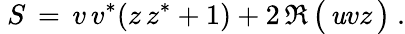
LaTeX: ~S\, =\, v\, v^{*}(z\, z^{*}+1)+2\, \Re\, {\bigl(}\, \mathit{u}vz\, {\bigr)}~.